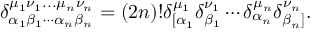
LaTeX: \delta _ { \alpha _ { 1 } \beta _ { 1 } \cdots \alpha _ { n } \beta _ { n } } ^ { \mu _ { 1 } \nu _ { 1 } . . . \mu _ { n } \nu _ { n } } = ( 2 n ) ! \delta _ { \lbrack \alpha _ { 1 } } ^ { \mu _ { 1 } } \delta _ { \beta _ { 1 } } ^ { \nu _ { 1 } } \cdots \delta _ { \alpha _ { n } } ^ { \mu _ { n } } \delta _ { \beta _ { n } ] } ^ { \nu _ { n } } .